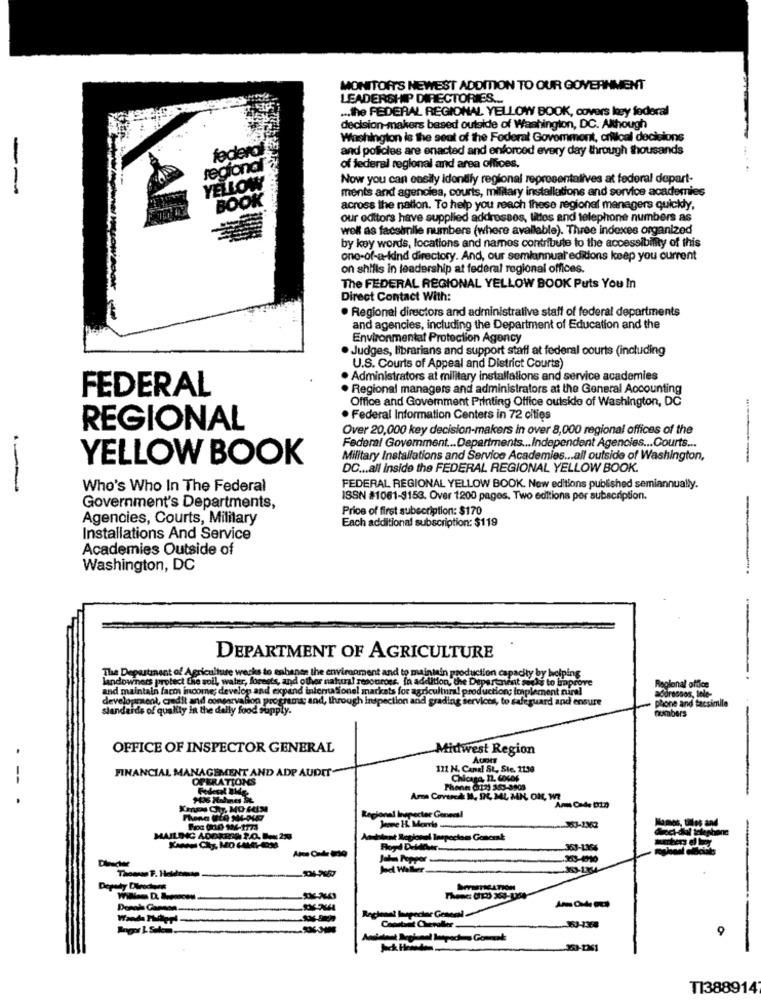
MONITOR'S NEWEST ADDITION TO OUR GOVERNMENT
LEADERSHIP DIRECTORIES ...
... the FEDERAL REGIONAL YELLOW BOOK, covers ky federal
decision-makers besed outside of Washington, DC. Although
Washington is the seat of the Foderal Govommont, crfical decisions
fodero
and policies are enacted and enforced every day through thousands
rediona
of federal regional and area offices,
Now you can easily identify regional representalives at federal depart-
--
YELLOW
ments and agencies, courts, military installations and service academies
BOOK
across the nation. To help you reach these regional managers quickly,
our editors have supplied addresses, littos and telephone numbers as
well as facsimile numbers (where available). Three indexes organized
by key words, locations and names contribute to the accessibility of this
Seon
one-of-a-kind directory. And, our semiannual'editions keep you current
on shifts in leadership at federal regional offices.
The FEDERAL REGIONAL YELLOW BOOK Puts You In
Direct Contact With:
· Regional directors and administrative staff of federal departments
and agencies, including the Department of Education and the
Environmental Protection Agency
. Judges, librarians and support staff at federal courts (including
U.S. Courts of Appeal and District Courts)
. Administrators at military installations and service academies
FEDERAL
. Regional managers and administrators at the General Accounting
Office and Government Printing Office outside of Washington, DC
· Federal Information Centers in 72 cities
REGIONAL
Over 20,000 key decision-makers in over 8,000 regional offices of the
Federal Government ... Departments ... Independent Agencies ... Courts ...
YELLOW BOOK
Military Installations and Service Academies ... all outside of Washington,
DC ... all Inside the FEDERAL REGIONAL YELLOW BOOK.
---
Who's Who In The Federal
FEDERAL REGIONAL YELLOW BOOK. Now editions published semiannually.
ISSN #1061-3153. Over 1200 pages. Two editions por subscription.
Government's Departments,
Price of first subscription: $170
-
Agencies, Courts, Military
Each additional subscription: $119
Installations And Service
Academies Outside of
Washington, DC
DEPARTMENT OF AGRICULTURE
The Depastinent of Agriculture wecks to enbanen the en
landowners protect the soil, water, forests, and other natural resouross. In addition, the Department seeks to improve
moment and to
pouross. In addition, the Departa
niein production capaci
y by ho
on and expand international markets for agricultural production;
addressos, lele-
Regional office
and maintain faco income; develop and expan
development, credit and conservafoo prog
development, credit and conservation programa and, through inspection and grading services, to safeguard and ensure
plone and facsimile
standards of quality in the daily food supply.
numbers
OFFICE OF INSPECTOR GENERAL
Midwest Region
FINANCIAL MANAGEMENT AND ADP AUDIT
111 N. Canal St, Ste, 2130
OPERATIONS
nicaga, 11, Cocos
Phone: (17) 353-8905
--- -
Amne Covered M, 94, ML MN, O
PL ML MN OH, W?
Xmen Chy. MO HIM
Regional livpecter Geneall
Na mes, tilles and
Noch-dial telephone
AILNIC ADDARIO 2.0.29
-363-1364
Jaha Pepper-
Thomas F. Heldcanan
353-1364
Deputy Dirochers
Regional Jepecher General -
TI388914